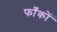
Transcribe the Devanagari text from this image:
फाँकों